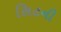
સિટની